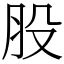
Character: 股